Mental hospitals Bombay report 1921-28 - 1921-1928
Year: 1921
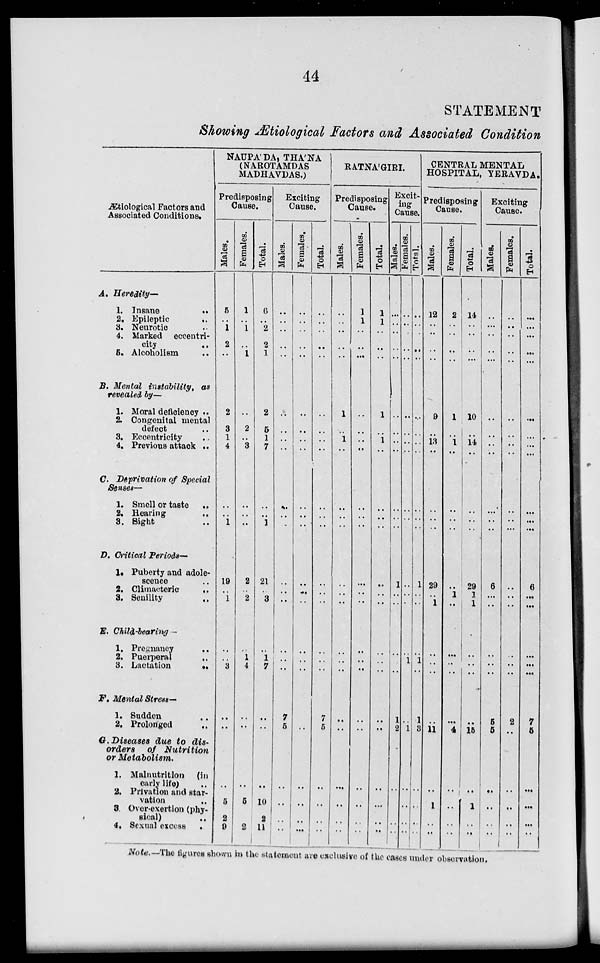
44
STATEMENT
Showing Ætiological Factors and Associated Condition
Ætiological Factors and
Associated Conditions.
A. Heredity—
1. Insane
..
2. Epileptic ..
3. Neurotic ..
4. Marked eccentri-
city ..
5. Alcoholism .
B. Mental instability, as
revealed by—
1. Moral deficiency ..
2. Congenital mental
defect ..
3. Eccentricity..
4. Previous attack ..
C. Deprivation of Special
Senses—
1. Smell or taste
..
2. Hearing ..
3. Sight ..
D. Critical Periods—
1. Puberty and adole-
scence ..
2. Climacteric
..
3. Senility
..
E. Child-bearing —
1. Pregnancy ..
2. Puerperal ..
3. Lactation
..
F. Mental Stress—
1. Sudden ..
2. Prolonged
..
G. Diseases due to dis-
orders
of Nutrition
or Metabolism.
1. Malnutrition (in
early life)
2. Privation and star-
vation ..
3. Over-exertion (phy-
sical) ..
4. Sexual excess ..
NAUPA'DA, THA'NA
(NAROTAMDAS
MADHAVDAS.)
Predisposing
Cause.
Males.
5
...
1
2
..
2
3
1
4
..
..
1
19
..
1
..
..
3
..
..
..
5
2
9
Females.
1
...
1
..
1
..
2
..
3
..
..
..
2
..
2
..
1
4
..
..
..
5
..
2
Total.
6
...
2
2
1
2
5
1
7
..
..
1
21
..
3
..
1
7
..
..
..
10
2
11
Exciting
Cause.
Males.
...
...
...
...
...
..
..
..
..
..
..
..
..
..
..
..
..
..
7
5
..
..
..
..
Females.
...
...
...
...
...
..
..
..
..
..
..
..
..
..
..
..
..
..
..
..
..
..
..
..
Total.
...
...
...
...
...
..
..
..
..
..
..
..
..
..
..
..
..
..
7
5
..
..
..
..
RATNA'GIRI.
Predisposing
Cause.
Males.
...
...
...
...
...
1
..
1
..
..
..
..
..
..
..
..
..
..
..
..
..
..
..
..
Females.
1
1
...
...
...
..
..
..
..
..
..
..
..
..
..
..
..
..
..
..
..
..
..
..
Total.
1
1
...
...
...
1
..
1
..
..
..
..
..
..
..
..
..
..
..
..
..
..
..
..
Excit¬
ing
Cause.
Males.
...
...
...
...
...
..
..
..
..
..
..
..
1
..
..
..
..
..
1
2
..
..
..
..
Females.
...
...
...
...
...
..
..
..
..
..
..
..
..
..
..
..
..
..
..
1
..
..
..
..
Total.
...
...
...
...
...
..
..
..
..
..
..
..
1
..
..
..
1
..
1
3
..
..
..
..
CENTRAL MENTAL
HOSPITAL, YERAVDA.
Predisposing
Cause.
Males.
12
...
...
...
...
9
..
13
..
..
..
..
29
1
..
1
..
..
11
..
1
..
..
Females.
2
...
...
...
...
1
..
1
..
..
..
..
..
1
..
..
..
..
..
4
..
..
..
..
Total.
14
...
...
...
...
10
..
14
..
..
..
..
29
1
1
..
..
..
..
15
..
1
..
..
Exciting
Cause.
Males.
...
...
...
...
...
..
..
..
..
..
..
..
6
..
..
..
..
..
5
5
..
..
..
..
Females.
...
...
...
...
...
..
..
..
..
..
..
..
..
..
..
..
..
..
2
..
..
..
..
..
Total.
...
...
...
...
...
..
..
..
..
..
..
..
6
...
...
..
..
..
7
5
..
..
..
..
Note.—The figures shown in the statement are exclusive of the cases under observation.